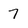
Character: 7